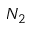
N _ { 2 }